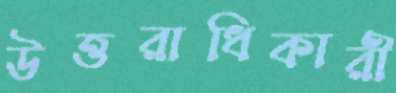
উত্তরাধিকারী